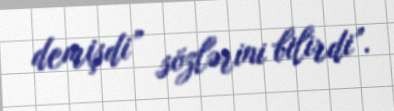
demişdi” sözlərini bilirdi”.